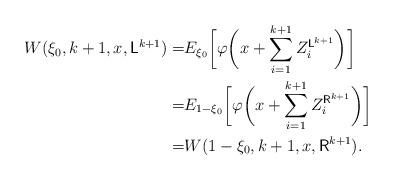
LaTeX: \begin{align*}\begin{aligned}W(\xi_0,k+1,x,\mathsf{L}^{k+1})=&E_{\xi_0}\biggl[\varphi\biggl(x+\sum_{i=1}^{k+1} Z_i^{\mathsf{L}^{k+1}}\biggr)\biggr]\\=&E_{1-\xi_0}\biggl[\varphi\biggl(x+\sum_{i=1}^{k+1} Z_i^{\mathsf{R}^{k+1}}\biggr)\biggr]\\=&W(1-\xi_0,k+1,x,\mathsf{R}^{k+1}).\end{aligned}\end{align*}